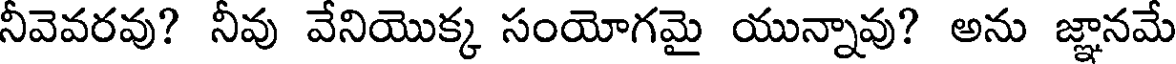
నీవెవరవు? నీవు వేనియొక్క సంయోగమై యున్నావు? అను జ్ఞానమే